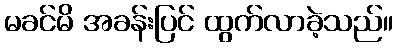
မခင်မိ အခန်းပြင် ထွက်လာခဲ့သည်။